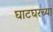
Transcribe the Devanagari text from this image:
घाटघरच्या